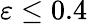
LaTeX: \varepsilon\leq 0.4